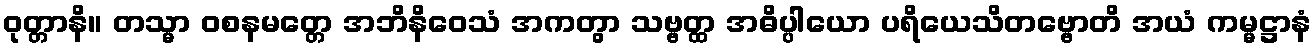
ဝုတ္တာနိ။ တသ္မာ ဝစနမတ္တေ အဘိနိဝေသံ အကတွာ သဗ္ဗတ္ထ အဓိပ္ပါယော ပရိယေသိတဗ္ဗောတိ အယံ ကမ္မဋ္ဌာနံ